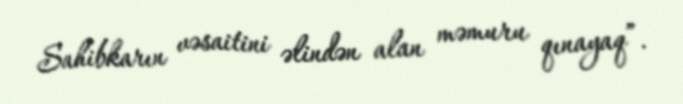
Sahibkarın vəsaitini əlindən alan məmuru qınayaq”.